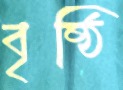
বৃষ্ঠি